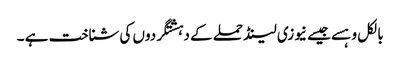
بالکل وہسے جیسے نیوزی لینڈ حملے کے دہشتگردوں کی شناخت ہے ۔